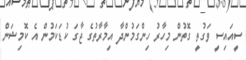
ސީއައިސީ ވަގުތީ ގޮތުން މިހާރު ހިންގަމުންދާ އިމާރާތުގެ ޖާގަ ކުޑަކަމުން އެ ކޮމިޝަން